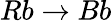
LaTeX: Rb\rightarrow Bb